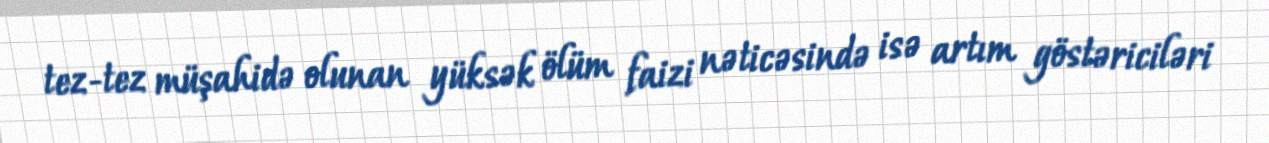
tez-tez müşahidə olunan yüksək ölüm faizi nəticəsində isə artım göstəriciləri